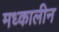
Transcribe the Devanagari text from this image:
मध्कालीन